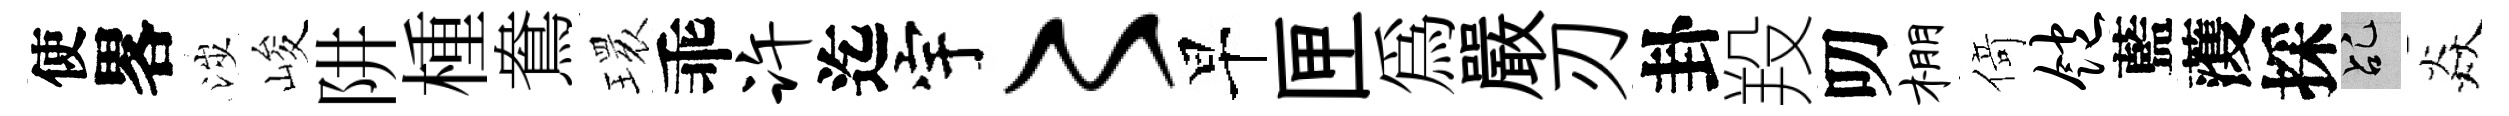
使畧涉峻阱㮔鴦𤨔乖许迄宇〻早匣爲嚴刃卦羖叨棚𠋣饱藍𮑮採乩焱